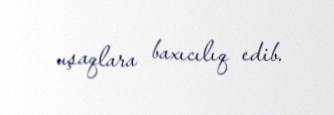
uşaqlara baxıcılıq edib.